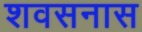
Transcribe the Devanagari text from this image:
शवसनास